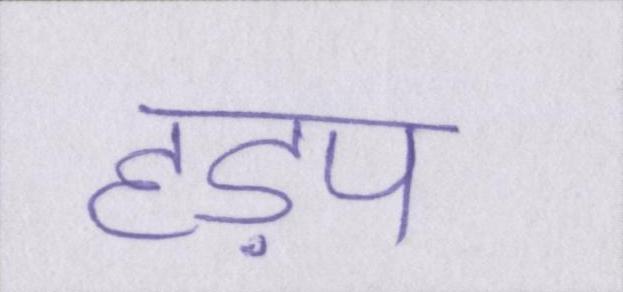
हड़प